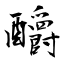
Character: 釂